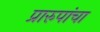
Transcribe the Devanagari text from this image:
प्रारुपांचा